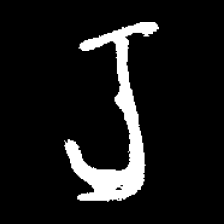
Pyu character \u2014 Myanmar letter: ရ (romanized: ra)